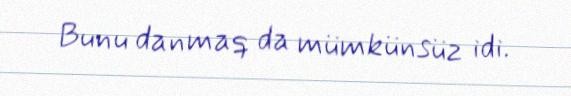
Bunu danmaq da mümkünsüz idi.